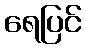
ရေပြင်